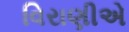
વિરાણીએ